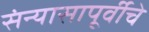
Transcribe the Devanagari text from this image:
संन्यासापूर्वीचे